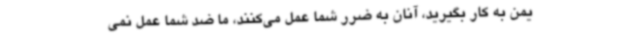
یمن به کار بگیرید، آنان به ضرر شما عمل می‌کنند، ما ضد شما عمل نمی